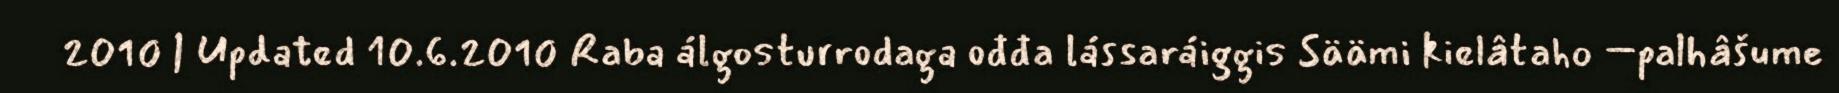
2010 | Updated 10.6.2010 Raba álgosturrodaga ođđa lássaráiggis Säämi kielâtaho –palhâšume